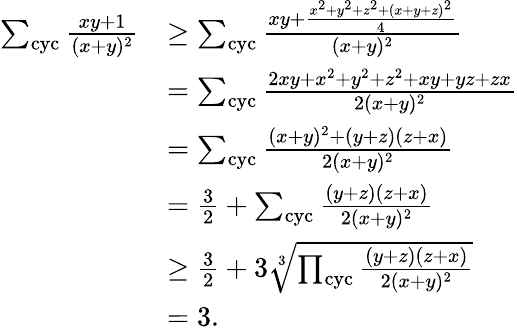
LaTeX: \begin{array}{rl}{\sum_{\mathrm{cyc}}\frac{xy+1}{(x+y)^{2}}}&{\ge\sum_{\mathrm{cyc}}\frac{xy+\frac{x^{2}+y^{2}+z^{2}+(x+y+z)^{2}}{4}}{(x+y)^{2}}}\\ &{=\sum_{\mathrm{cyc}}\frac{2xy+x^{2}+y^{2}+z^{2}+xy+yz+zx}{2(x+y)^{2}}}\\ &{=\sum_{\mathrm{cyc}}\frac{(x+y)^{2}+(y+z)(z+x)}{2(x+y)^{2}}}\\ &{=\frac{3}{2}+\sum_{\mathrm{cyc}}\frac{(y+z)(z+x)}{2(x+y)^{2}}}\\ &{\ge\frac 32+3\sqrt[3]{\prod_{\mathrm{cyc}}\frac{(y+z)(z+x)}{2(x+y)^{2}}}}\\ &{=3.}\end{array}